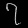
Digit: ၇